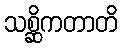
သစ္ဆိကတာတိ